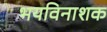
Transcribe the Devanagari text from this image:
भयविनाशक